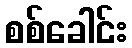
စစ်ခေါင်း